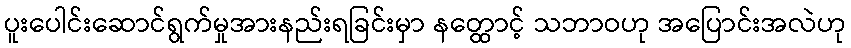
ပူးပေါင်းဆောင်ရွက်မှုအားနည်းရခြင်းမှာ နတ္ထောင့် သဘာဝဟု အပြောင်းအလဲဟု